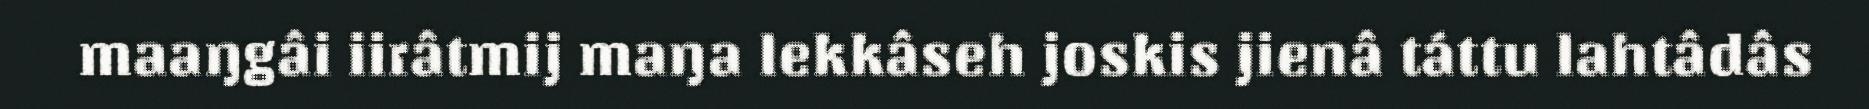
maaŋgâi iirâtmij maŋa lekkâseh joskis jienâ táttu lahtâdâs